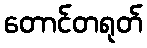
တောင်တရုတ်